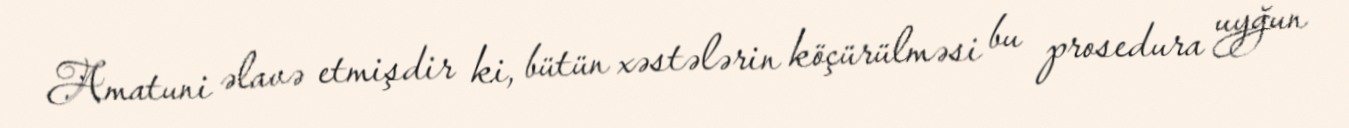
Amatuni əlavə etmişdir ki, bütün xəstələrin köçürülməsi bu prosedura uyğun